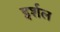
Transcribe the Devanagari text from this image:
इर्शल